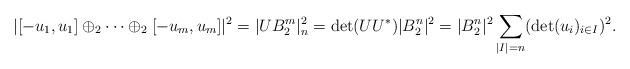
LaTeX: \begin{align*}|[-u_1,u_1]\oplus_2\cdots\oplus_2[-u_m,u_m]|^2=|U B_2^m|^2_n= \det (UU^*) |B_2^n|^2 =|B_2^n|^2\sum_{|I|=n}(\det(u_i)_{i\in I})^2 .\end{align*}